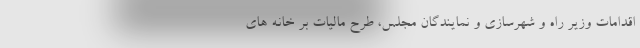
اقدامات وزیر راه و شهرسازی و نمایندگان مجلس، طرح مالیات بر خانه های